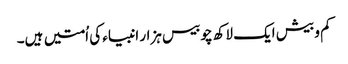
کم و بیش ایک لاکھ چوبیس ہزار انبیاء کی اُمتیں ہیں۔